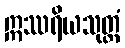
ဣဿရိယသုတ္တံ